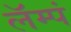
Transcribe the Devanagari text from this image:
लॅम्पं